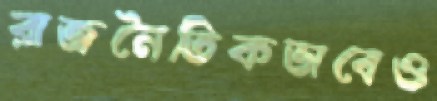
রাজনৈতিকভাবেও